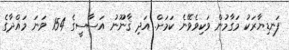
ފަނޑިޔާރަކު މަގާމުން ވަކިވެވޭނެ ކަމަށް. އަދި ޤާނޫނު އަސާސީގެ 154 ވަނަ މައްދާގެ